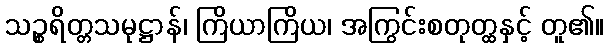
သဉ္စရိတ္တသမုဋ္ဌာန်၊ ကြိယာကြိယ၊ အကြွင်းစတုတ္ထနှင့် တူ၏။